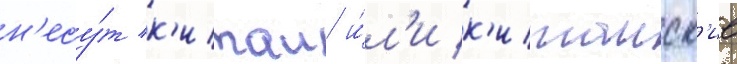
н'есу́т к'итаи и́л'и к'итаиск'ие